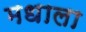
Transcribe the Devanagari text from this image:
मधाला